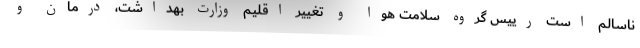
ناسالم است رییس گروه سلامت هوا و تغییر اقلیم وزارت بهداشت، درمان و